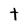
Character: t